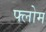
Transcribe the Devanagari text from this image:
फ्लोम